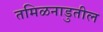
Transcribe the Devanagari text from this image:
तमिळनाडुतील